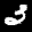
Label: 3